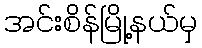
အင်းစိန်မြို့နယ်မှ